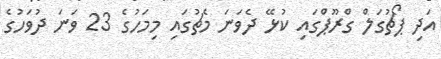
އަދި ޕޯޗުގަލް ގްރޫޕްގައި ކުޅޭ ދެވަނަ މެޗުގައި މިމަހުގެ 23 ވަނަ ދުވަހުގެ